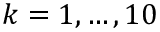
k = 1 , \ldots , 1 0